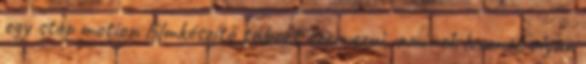
egy stop motion filmkészítő tábort szervezni, aminek lesznek olyan